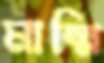
মাম্মি